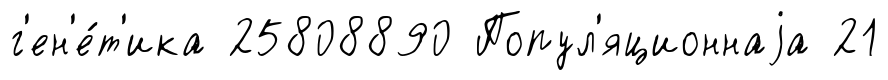
г'ен'е́т'ика 25808890 Попул'яционнаjа 21